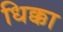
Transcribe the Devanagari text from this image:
धिक्का